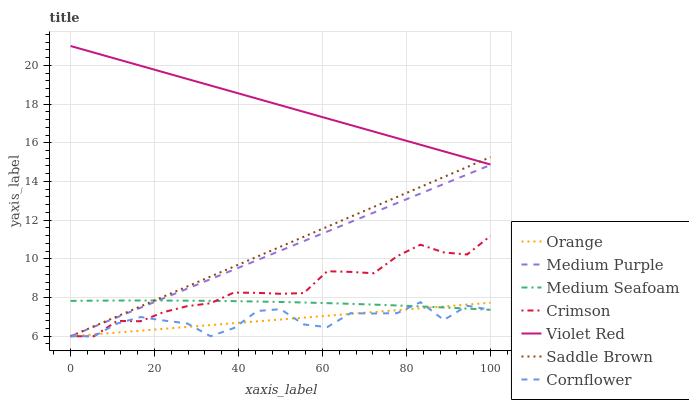
| xaxis_label | Orange | Medium Purple | Medium Seafoam | Crimson | Violet Red | Saddle Brown | Cornflower |
 | --- | --- | --- | --- | --- | --- | --- | --- |
 | 0 | 6 | 6 | 7.83 | 6 | 21 | 6 | 6 |
 | 5.56 | 6.1 | 6.49 | 7.84 | 6 | 20.7 | 6.51 | 6 |
 | 11.1 | 6.19 | 6.98 | 7.85 | 6.79 | 20.3 | 7.03 | 6.66 |
 | 16.7 | 6.29 | 7.48 | 7.85 | 6.78 | 20 | 7.54 | 6.99 |
 | 22.2 | 6.39 | 7.97 | 7.85 | 7.25 | 19.6 | 8.06 | 6.81 |
 | 27.8 | 6.48 | 8.46 | 7.84 | 7.56 | 19.3 | 8.57 | 6.66 |
 | 33.3 | 6.58 | 8.95 | 7.83 | 7.71 | 19 | 9.09 | 6 |
 | 38.9 | 6.67 | 9.44 | 7.81 | 8.26 | 18.6 | 9.6 | 6.42 |
 | 44.4 | 6.77 | 9.93 | 7.79 | 8.24 | 18.3 | 10.1 | 7.3 |
 | 50 | 6.87 | 10.4 | 7.77 | 8.19 | 17.9 | 10.6 | 7.4 |
 | 55.6 | 6.96 | 10.9 | 7.74 | 8.23 | 17.6 | 11.1 | 6.61 |
 | 61.1 | 7.06 | 11.4 | 7.71 | 9.36 | 17.3 | 11.7 | 6.47 |
 | 66.7 | 7.16 | 11.9 | 7.68 | 9.33 | 16.9 | 12.2 | 7.19 |
 | 72.2 | 7.25 | 12.4 | 7.63 | 9.26 | 16.6 | 12.7 | 7.17 |
 | 77.8 | 7.35 | 12.9 | 7.59 | 10.1 | 16.2 | 13.2 | 7.19 |
 | 83.3 | 7.44 | 13.4 | 7.54 | 10.7 | 15.9 | 13.7 | 7.76 |
 | 88.9 | 7.54 | 13.9 | 7.49 | 10.3 | 15.6 | 14.2 | 6.84 |
 | 94.4 | 7.64 | 14.4 | 7.43 | 10.2 | 15.2 | 14.7 | 7.58 |
 | 100 | 7.73 | 14.9 | 7.37 | 11.2 | 14.9 | 15.3 | 7.37 |